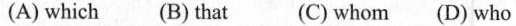
(A)which (B)that (C)whom (D)who